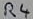
Text: R4